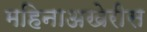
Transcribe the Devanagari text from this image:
महिनाअखेरीस